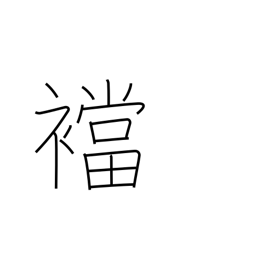
Meaning: gusset